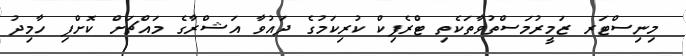
މިނިސްޓަރ ޒަމީރުމަސްތުވާތަކެތި ޓްރެފިކް ކުރިކަމުގެ ދައުވާ އަޝްރާގެ މައްޗަށް ކޮށްފި ހާމިދު